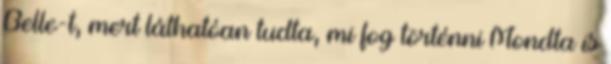
Belle-t, mert láthatóan tudta, mi fog történni Mondta is